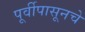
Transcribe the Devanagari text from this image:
पूर्वीपासूनचे